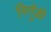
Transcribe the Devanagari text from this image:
निर्गुंडी